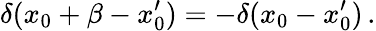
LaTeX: \delta(x_{0}+\beta-x_{0}^{\prime})=-\delta(x_{0}-x_{0}^{\prime})\, .